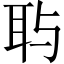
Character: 𱻷